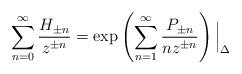
LaTeX: \begin{align*}\sum_{n=0}^\infty \frac {H_{\pm n}}{z^{\pm n}} = \exp \left(\sum_{n=1}^\infty \frac {P_{\pm n}}{nz^{\pm n}} \right) \Big|_\Delta\end{align*}